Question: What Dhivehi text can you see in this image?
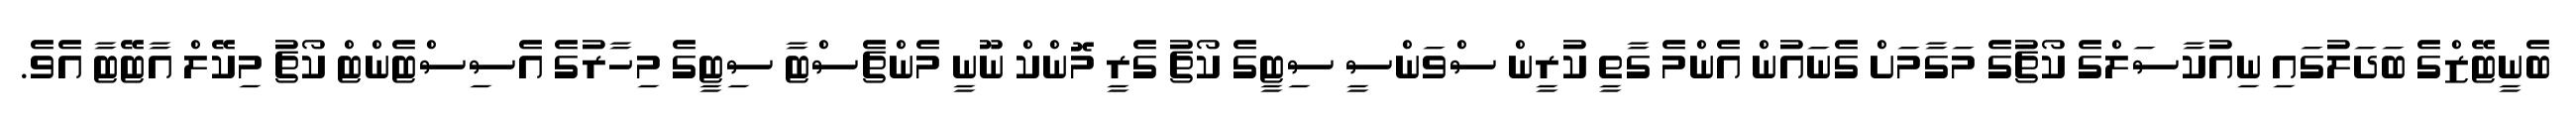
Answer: ބެނީޓޭޒްގެ ބަދަލުގައި ނިއުކާސަލްގެ ކޯޗުގެ މަގާމަށް ގެނައުން އެންމެ ގާތީ ކުރީން ސްވަންސީ ސިޓީގެ ކޯޗު ގެރީ މޮންކް ނޫނީ މެންޗެސްޓާ ސިޓީގެ މިހާރުގެ އެސިސްޓެންޓް ކޯޗު މިކޭލް އާޓޭޓާ އެވެ.